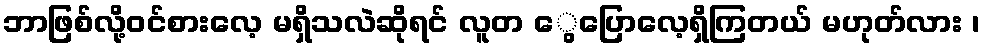
ဘာဖြစ်လို့ဝင်စားလေ့ မရှိသလဲဆိုရင် လူတ ွေပြောလေ့ရှိကြတယ် မဟုတ်လား ၊